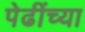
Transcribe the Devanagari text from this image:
पेढींच्या